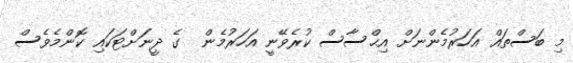
މި ބަސްތައް އަހަރުމެންނަށް އިޙްސާސް ކުރެވޭނީ އަހަރުމެން  ގެ ދީނަށްޓަކައި ކޮންމެވެސް